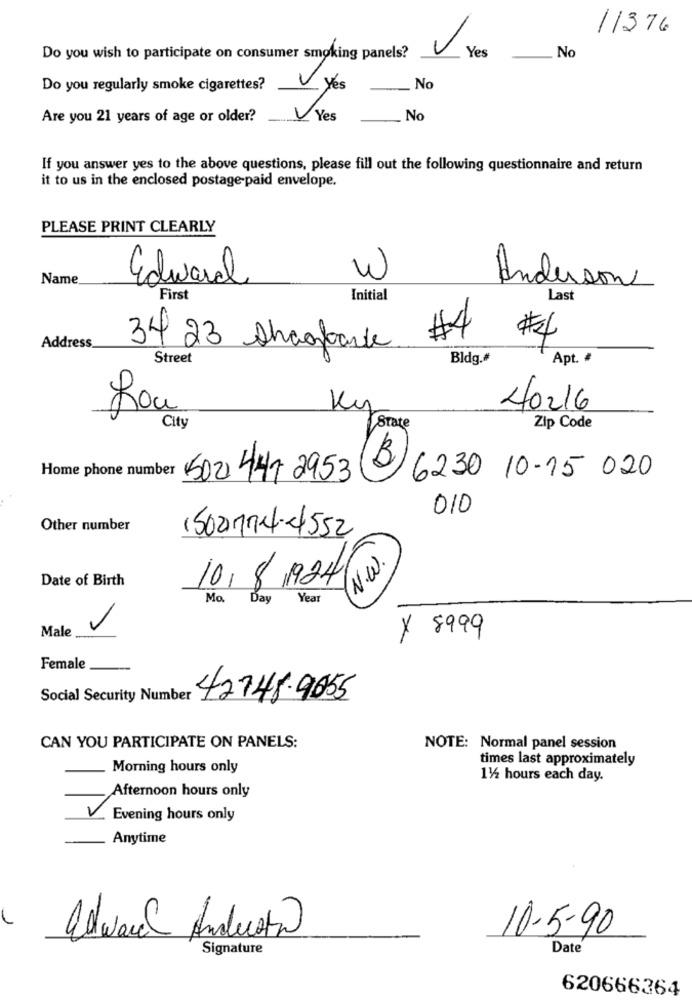
11376
Yes
Do you wish to participate on consumer smoking panels?
No
Do you regularly smoke cigarettes?
Yes
. No
Are you 21 years of age or older?
Yes
No
If you answer yes to the above questions, please fill out the following questionnaire and return
it to us in the enclosed postage paid envelope.
PLEASE PRINT CLEARLY
Name
Edward
W
Anderson
First
Initial
Last
#4
#4
Address
34 23 Shagbarde
Street
Bldg.#
Apt. #
Rou
Ky
40216
state
City
Zip Code
Home phone number
5021 441 2953
6230 10-15 020
010
Other number
(50014-4552
N.W.
Date of Birth
10/8/19241
Mo Day
Year
Male.
y 8999
Female
Social Security Number
42148-9055
CAN YOU PARTICIPATE ON PANELS:
NOTE: Normal panel session
times last approximately
Morning hours only
11/2 hours each day.
Afternoon hours only
Evening hours only
Anytime
10-5-90
Signature
Date
620666364